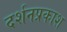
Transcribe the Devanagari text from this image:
दर्शनप्रकाश